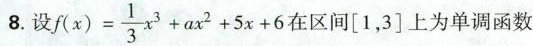
8.设$$f(x) = \frac{1}{3}x^{3} + ax^{2}+ 5x + 6$$在区间\left[1，3\right]上为单调函数